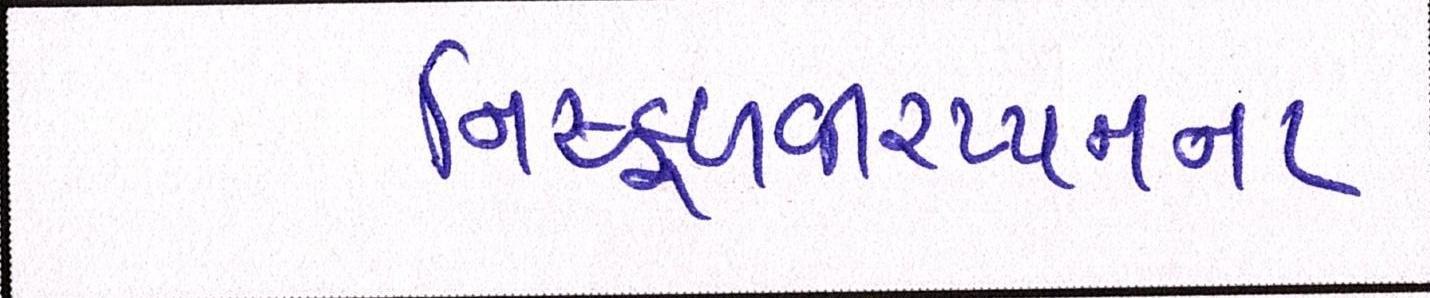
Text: નિષ્ફળવીરપ્પનના